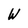
Character: W